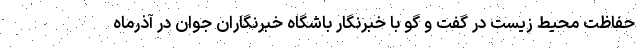
حفاظت محیط زیست در گفت و گو با خبرنگار باشگاه خبرنگاران جوان در آذرماه